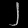
Digit: ၂